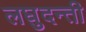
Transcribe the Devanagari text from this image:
लघुदन्ती